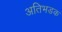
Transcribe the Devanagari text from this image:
अतिभडक